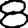
Digit: 8